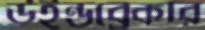
উইন্ডব্রেকার